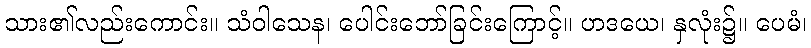
သား၏လည်းကောင်း။ သံဝါသေန၊ ပေါင်းဘော်ခြင်းကြောင့်။ ဟဒယေ၊ နှလုံး၌။ ပေမံ၊